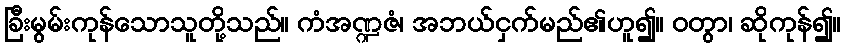
ခြီးမွမ်းကုန်သောသူတို့သည်။ ကံအဏ္ဍဇံ၊ အဘယ်ငှက်မည်၏ဟူ၍။ ဝတွာ၊ ဆိုကုန်၍။